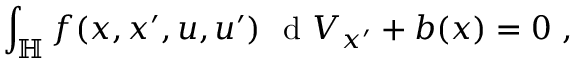
\int _ { \mathbb { H } } \boldsymbol { f } ( \boldsymbol { x } , \boldsymbol { x } ^ { \prime } , \boldsymbol { u } , \boldsymbol { u } ^ { \prime } ) \ \textup { d } V _ { \boldsymbol { x } ^ { \prime } } + \boldsymbol { b } ( \boldsymbol { x } ) = 0 \ ,